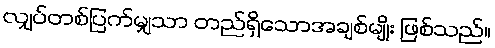
လျှပ်တစ်ပြက်မျှသာ တည်ရှိသောအချစ်မျိုး ဖြစ်သည်။